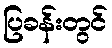
ပြခန်းတွင်